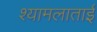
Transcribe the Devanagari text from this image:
श्यामलाताई